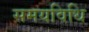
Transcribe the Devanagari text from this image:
समयविधि